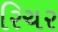
રિચર